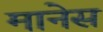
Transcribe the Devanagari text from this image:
मानेस